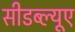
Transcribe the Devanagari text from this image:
सीडब्ल्यूए